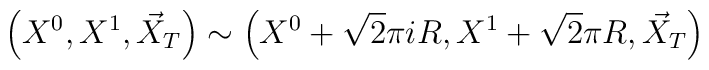
\left(X^0,X^1,\vec{X}_T\right)\sim\left(X^0+\sqrt{2}\pi i R,X^1+\sqrt{2}\pi R,\vec{X}_T\right)